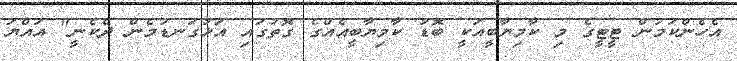
އެހެންކަމުން ޓީޓީގެ މި ކާމިޔާބީއަކީ ބޮޑު ކާމިޔާބީއެއްގެ ގޮތުގައި އަޅުގަނޑުމެން ދެކެނީ" އައްޔަ